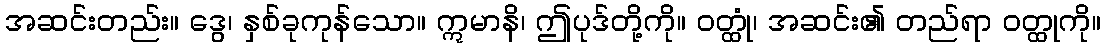
အဆင်းတည်း။ ဒွေ၊ နှစ်ခုကုန်သော။ ဣမာနိ၊ ဤပုဒ်တို့ကို။ ဝတ္ထုံ၊ အဆင်း၏ တည်ရာ ဝတ္ထုကို။